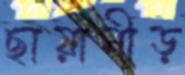
ছায়ানীড়